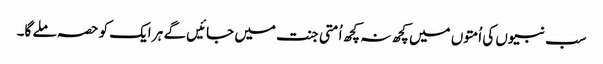
سب نبیوں کی اُمتوں میں کچھ نہ کچھ اُمتی جنت میں جائیں گے ہر ایک کو حصہ ملے گا۔